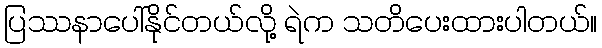
ပြဿနာပေါ်နိုင်တယ်လို့ ရဲက သတိပေးထားပါတယ်။